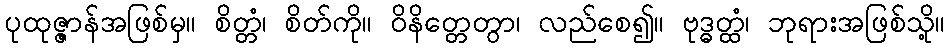
ပုထုဇ္ဇာန်အဖြစ်မှ။ စိတ္တံ၊ စိတ်ကို။ ဝိနိတ္တေတွာ၊ လည်စေ၍။ ဗုဒ္ဓတ္ထံ၊ ဘုရားအဖြစ်သို့။